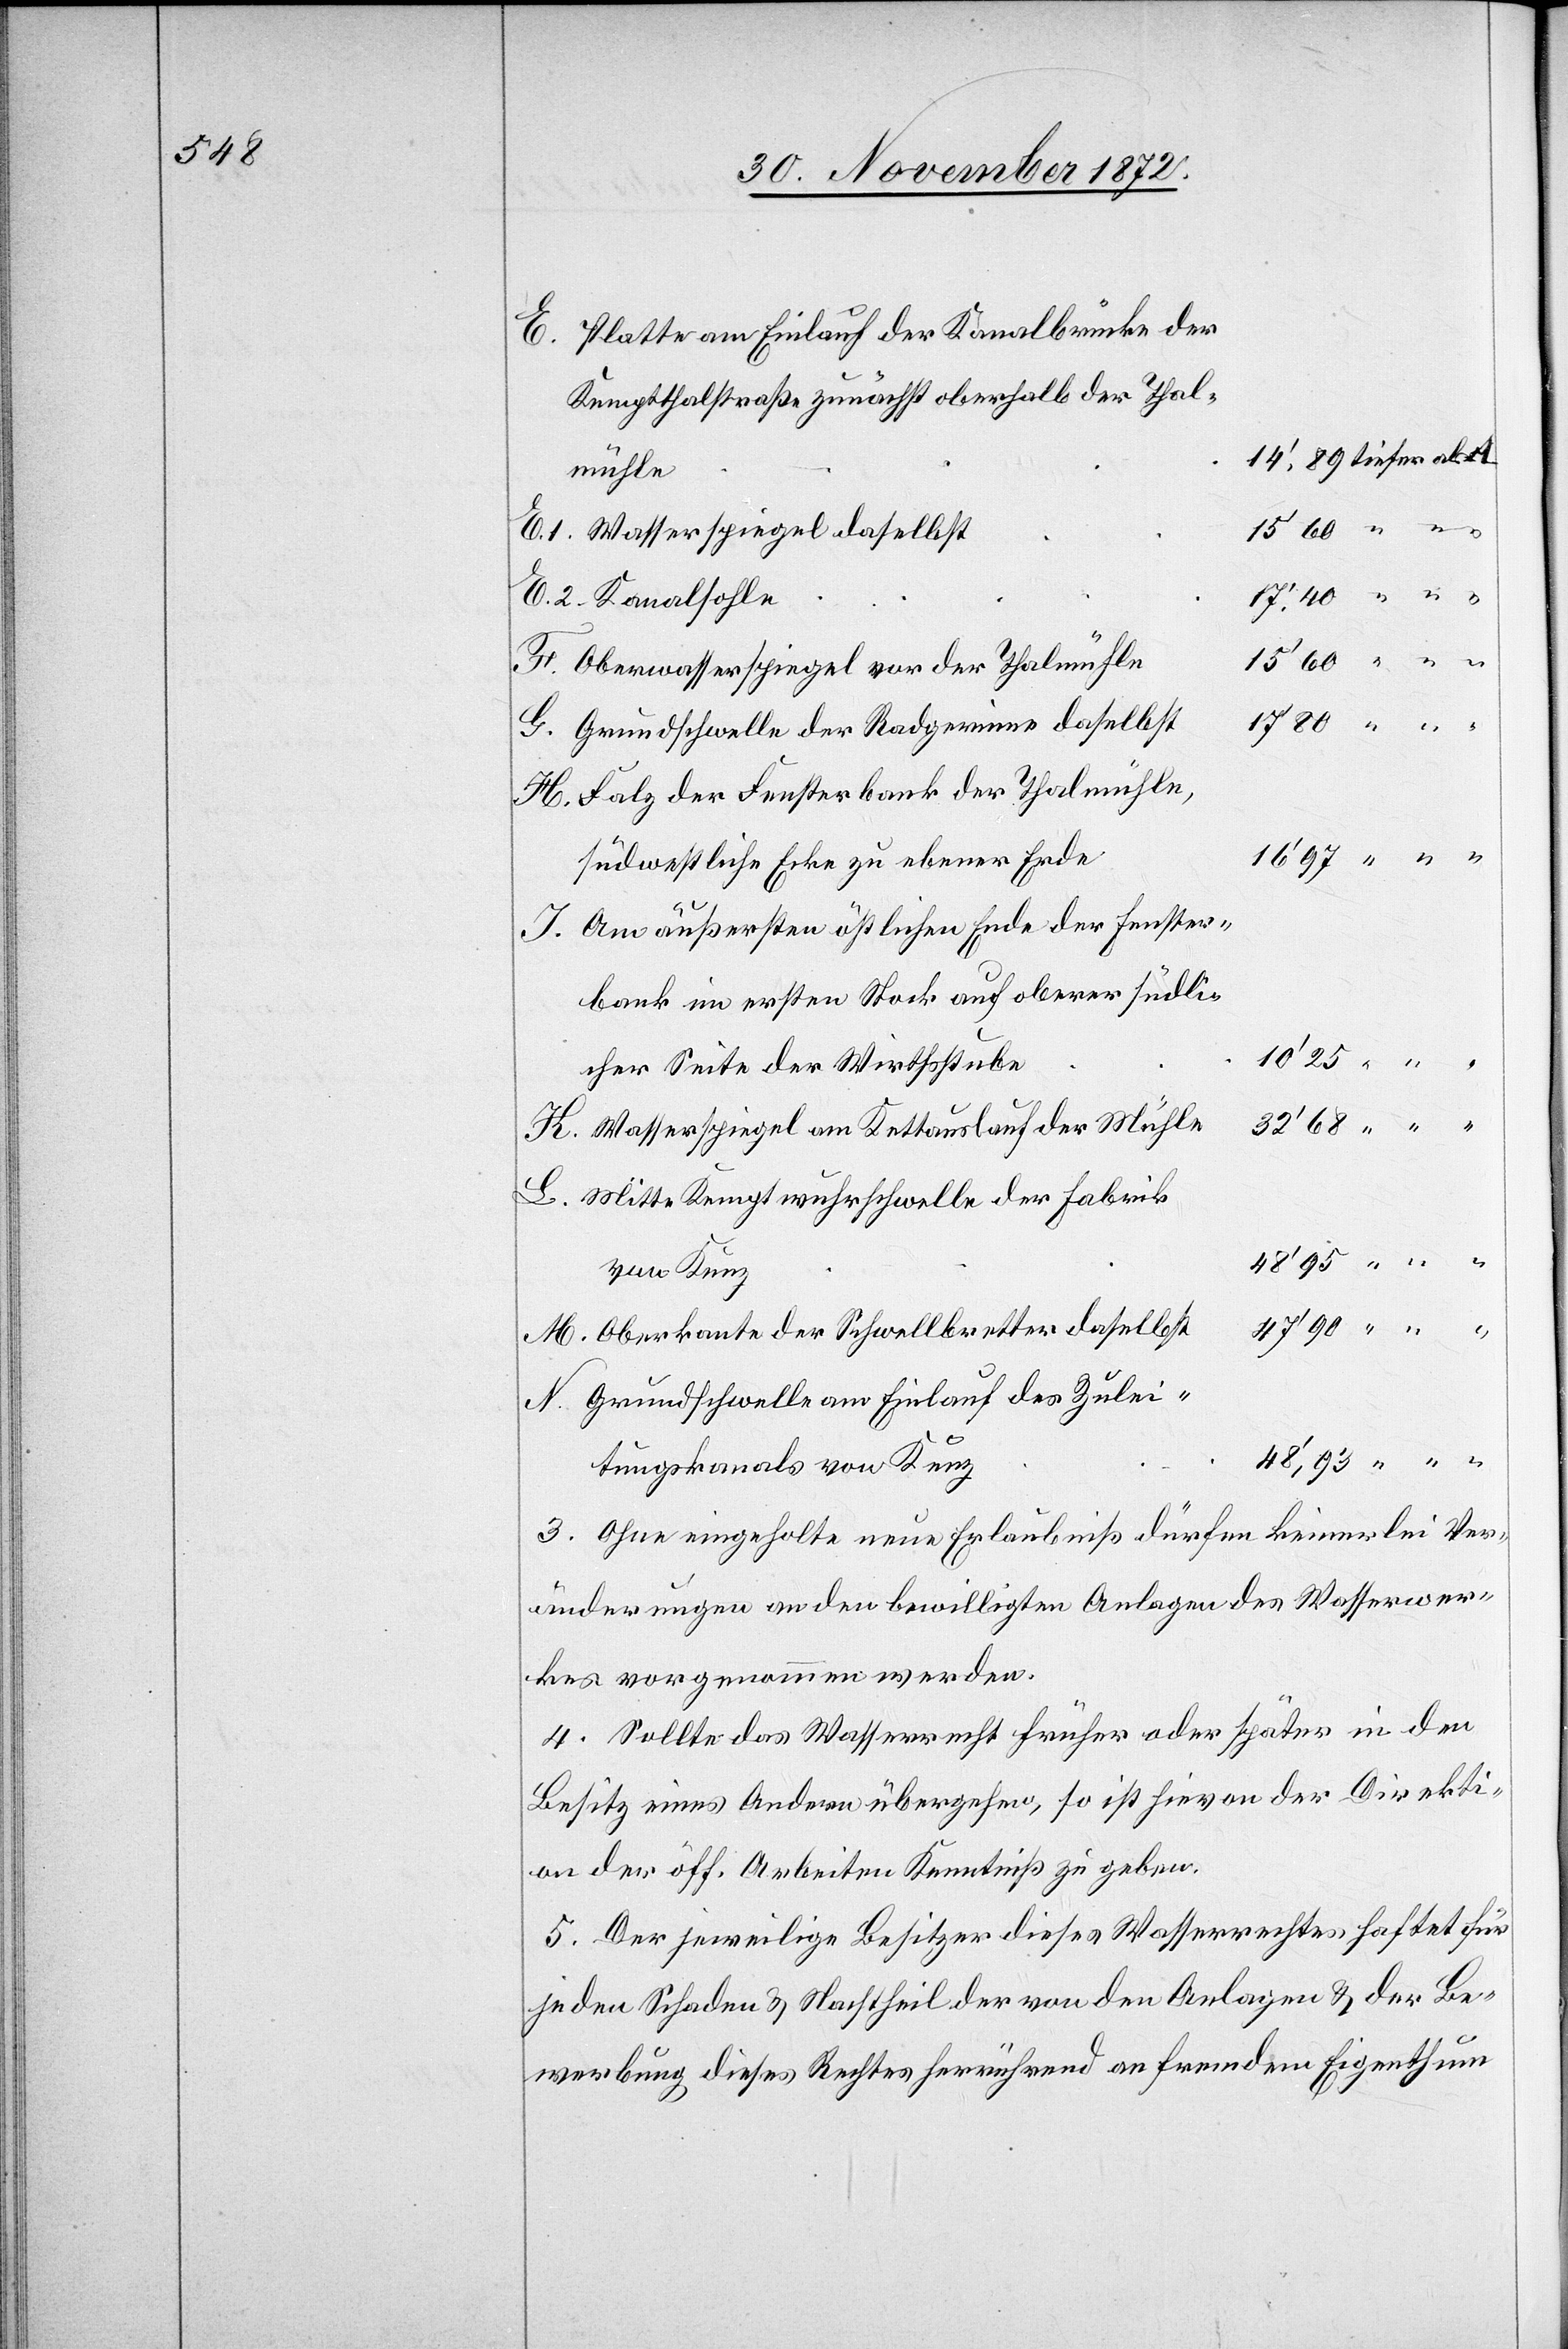
Platte am Einlauf der Kanalbrücke der
Kemptthalstraße zunächst oberhalb der Thal¬
mühle
Wasserspiegel daselbst
Oberwasserspiegel vor der Thalmühle
Grundschwelle der Radgerinne daselbst
Falz der Fensterbank der Thalmühle,
südwestliche Ecke zu ebener Erde
Am äußersten östlichen Ende der Fenster¬
bank im ersten Stock auf oberer südli¬
10’.25
cher Seite der Wirthsstube
Wasserspiegel am Kettauslauf der Mühle
Mitte Kemptwuhrschwelle der Fabrik
von Kunz
Oberkante der Schwellbretter daselbst
Grundschwelle am Einlauf des Zulei¬
K.
tungskanals von Kunz
3. Ohne eingeholte neue Erlaubniß dürfen keinerlei Ver¬
änderungen an den bewilligten Anlagen des Wasserwer¬
ks vorgenommen werden.
4. Sollte das Wasserrecht früher oder später in den
Besitz eines Andern übergehen, so ist hievon der Direkti¬
on der öff. Arbeiten Kenntniß zu geben.
5. Der jeweilige Besitzer dieses Wasserrechtes haftet für
jeden Schaden u. Nachtheil der von den Anlagen u. der Be¬
werbung dieses Rechtes herrührend an fremdem Eigenthum